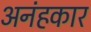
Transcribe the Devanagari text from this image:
अनंहकार